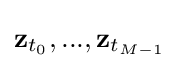
\mathbf {z} _{t_{0}},...,\mathbf {z} _{t_{M-1}}